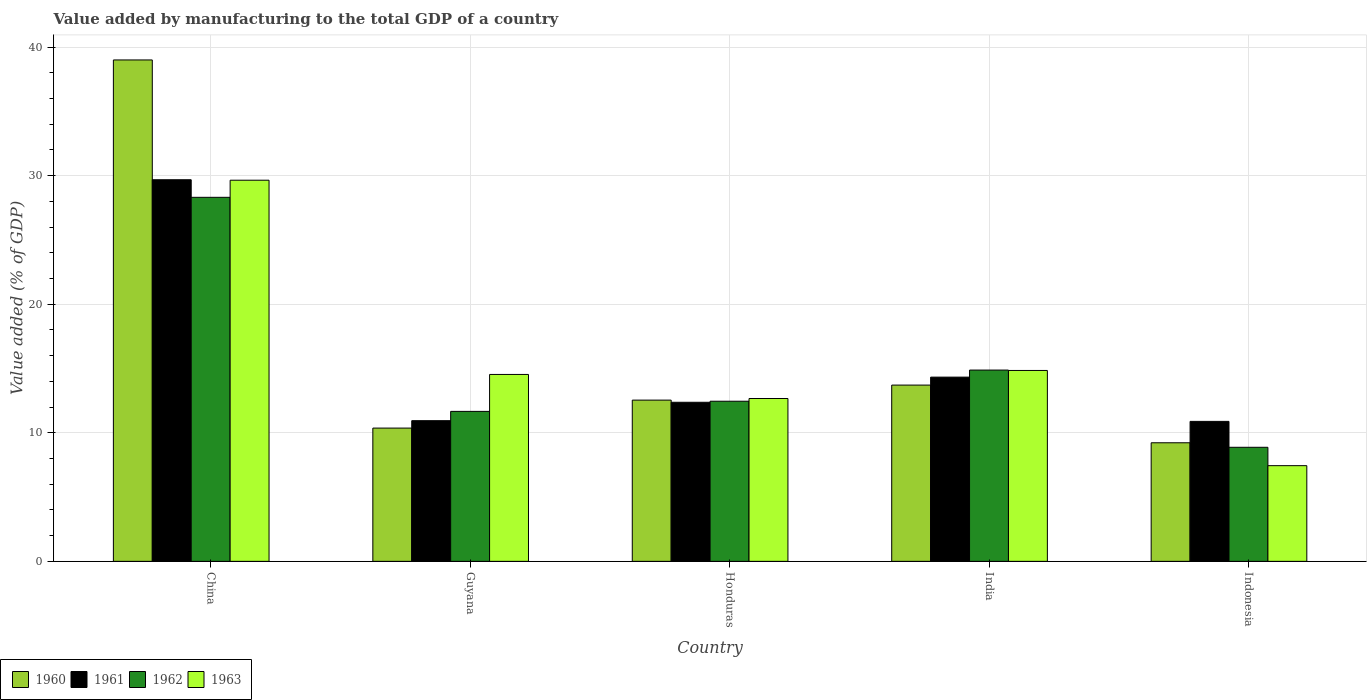
| Country | 1960 | 1961 | 1962 | 1963 |
 | --- | --- | --- | --- | --- |
 | China | 39 | 29.7 | 28.3 | 29.6 |
 | Guyana | 10.4 | 10.9 | 11.7 | 14.5 |
 | Honduras | 12.5 | 12.4 | 12.5 | 12.7 |
 | India | 13.7 | 14.3 | 14.9 | 14.8 |
 | Indonesia | 9.22 | 10.9 | 8.87 | 7.44 |